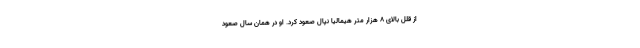
از قلل بالای ۸ هزار متر هیمالیا نپال صعود کرد. او در همان سال صعود